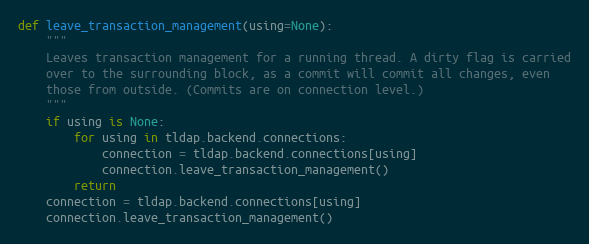
Language: Python
def leave_transaction_management(using=None):
    """
    Leaves transaction management for a running thread. A dirty flag is carried
    over to the surrounding block, as a commit will commit all changes, even
    those from outside. (Commits are on connection level.)
    """
    if using is None:
        for using in tldap.backend.connections:
            connection = tldap.backend.connections[using]
            connection.leave_transaction_management()
        return
    connection = tldap.backend.connections[using]
    connection.leave_transaction_management()